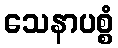
သေနာပစ္စံ